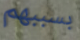
بسببهم